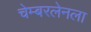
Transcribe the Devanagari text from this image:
चेम्बरलेनला